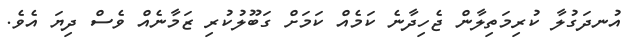
އުނދަގުލާ ކުރިމަތިލާން ޖެހިދާނެ ކަމެއް ކަމަށް ގަބޫލުކުރި ޒަމާނެއް ވެސް ދިޔަ އެވެ.